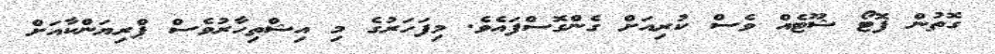
ގޮތުން ފޮޓޯ ޝޫޓެއް ވެސް ކުރިއަށް ގެންގޮސްފައެވެ. މިފަހަރުގެ މި އިޝްތިހާރުވެސް ޕްރިޔަންކާއަށް